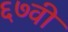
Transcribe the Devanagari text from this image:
६७वी